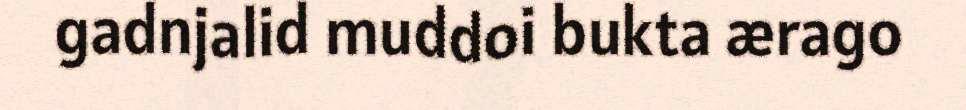
gadnjalid muddoi bukta ærago